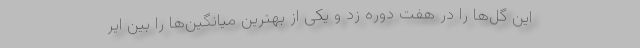
این گل‌ها را در هفت دوره زد و یکی از بهترین میانگین‌ها را بین ایر